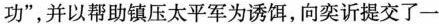
功”，并以帮助镇压太平军为诱饵，向奕诉提交了一